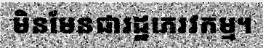
មិនមែនជារដ្ឋភេរវកម្ម។